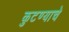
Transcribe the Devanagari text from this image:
कुटण्याचे